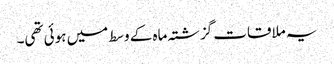
یہ ملاقات گزشتہ ماہ کے وسط میں ہوئی تھی۔